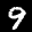
Label: 9